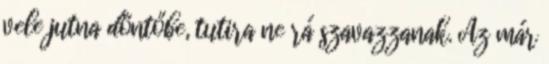
vele jutna döntőbe, tutira ne rá szavazzanak. Az már